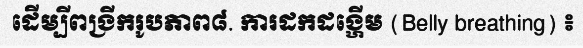
ដើម្បីពង្រីករូបភាព៨. ការដកដង្ហើម (Belly breathing) ៖